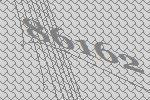
86162